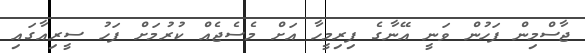
ޖާސްމިން ފަހުން ވަނީ އޭނާގެ ފިރިމީހާ އަށް މެސެޖެއް ކުރުމަށް ފަހު ސީރިއާގައި